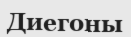
Диегоны